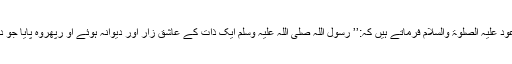
اس بارہ میں حضرت مسیح موعود علیہ الصلوٰۃ والسلام فرماتے ہیں کہ:’’ رسول اللہ صلی اللہ علیہ وسلم ایک ذات کے عاشق زار اور دیوانہ ہوئے او رپھروہ پایا جو دنیا میں کبھی کسی کو نہیں ملا۔